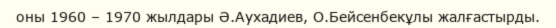
оны 1960 – 1970 жылдары Ә.Аухадиев, О.Бейсенбекұлы жалғастырды.